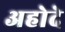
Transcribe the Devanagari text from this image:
अहोदे